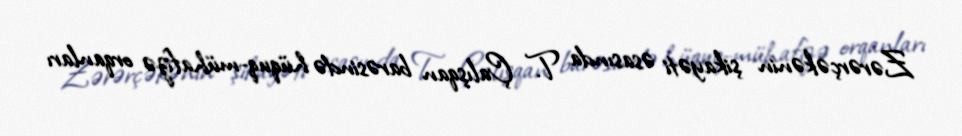
Zərərçəkənin şikayəti əsasında T. Çalışqan barəsində hüquq-mühafizə orqanları